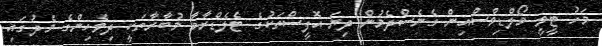
މަހު ޓީވީ މޯލްޑިވްސްއިން ގެނެސްދެމުން ދިޔަ އޮފީސްތަކުގެ ޓެލެޑްރާމާ މުބާރާތަކީ ދިވެހިންގެ މެދުގައި